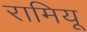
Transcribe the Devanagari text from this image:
रामियू